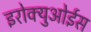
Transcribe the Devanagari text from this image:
इरोक्युओईस